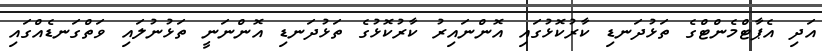
އަދި އެޕާޓްމެންޓްގެ ތަޅުދަނޑި ކާރުކޮޅުގައި އޮންނައިރު ކާރުކޮޅުގެ ތަޅުދަނޑި އޮންނަނީ ތަޅުނުލައި ވަތްގަނޑެއްގައި